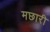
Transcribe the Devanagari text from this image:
मछारी